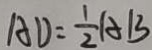
A D = \frac { 1 } { 2 } A B